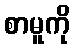
စာမူကို